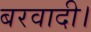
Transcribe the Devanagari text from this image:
बरवादी।